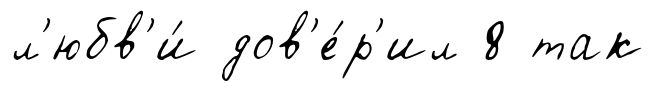
л'юбв'и́ дов'е́р'ил 8 так